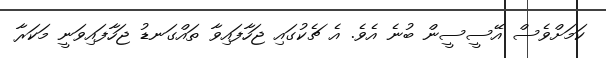
ކަމަށްވެސް އޭސީސީން ބުނެ އެވެ. އެ ޗެކުގައި ޖަހާފައިވާ ތައްގަނޑު ޖަހާފައިވަނީ މަކަރާ